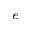
^ { e }